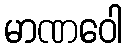
မာဏဝေါ